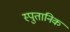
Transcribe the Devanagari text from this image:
स्पुतानिक